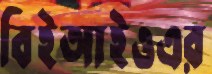
বিইআইওএর